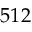
5 1 2